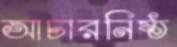
আচারনিষ্ঠ